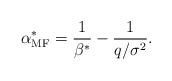
LaTeX: \begin{align*} \alpha^\ast_{\rm{MF}} = \frac{1}{\beta^\ast} - \frac{1}{q/\sigma^2}.\end{align*}